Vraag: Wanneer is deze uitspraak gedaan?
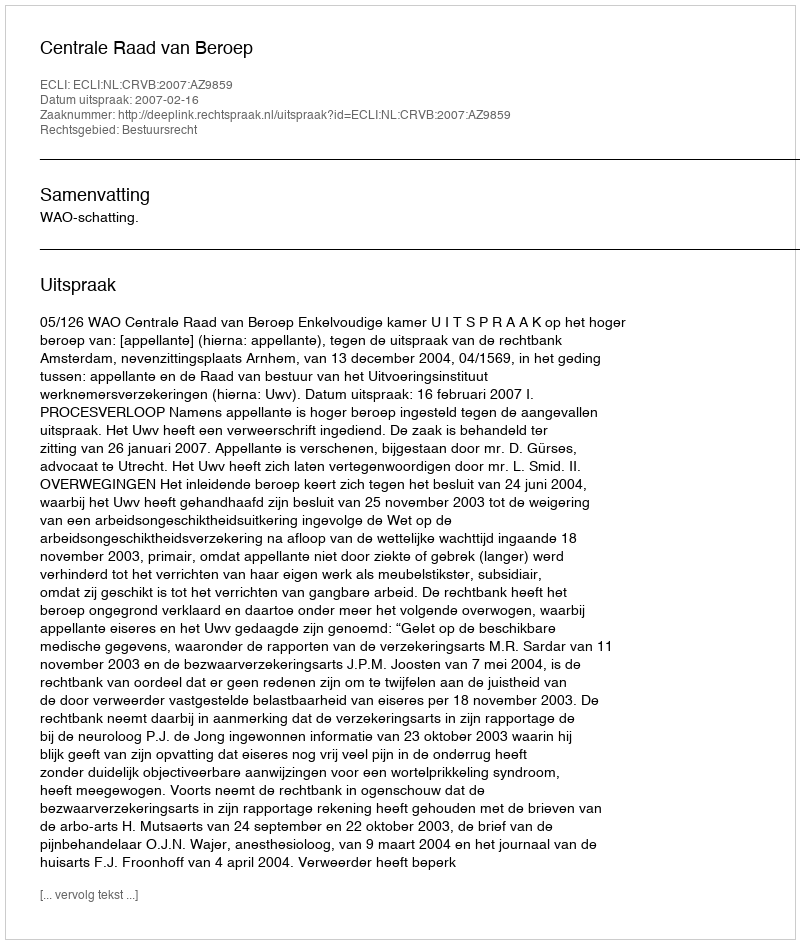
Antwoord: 2007-02-16